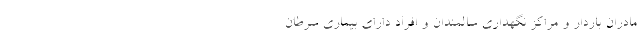
مادران باردار و مراکز نگهداری سالمندان و افراد دارای بیماری سرطان